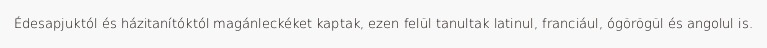
Édesapjuktól és házitanítóktól magánleckéket kaptak, ezen felül tanultak latinul, franciául, ógörögül és angolul is.